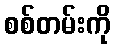
စစ်တမ်းကို